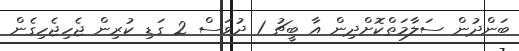
ބަންދުން ސަލާމަތްކޮށްދިން އާ ބީޗު 1 ދުވަސް 2 ގަޑި ކުރިން ޖެހިޖެހިގެން